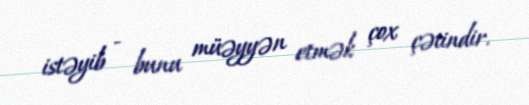
istəyib - bunu müəyyən etmək çox çətindir.